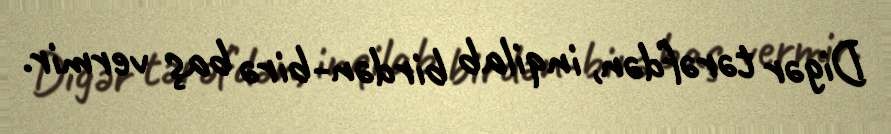
Digər tərəfdən, inqilab birdən-birə baş vermir.